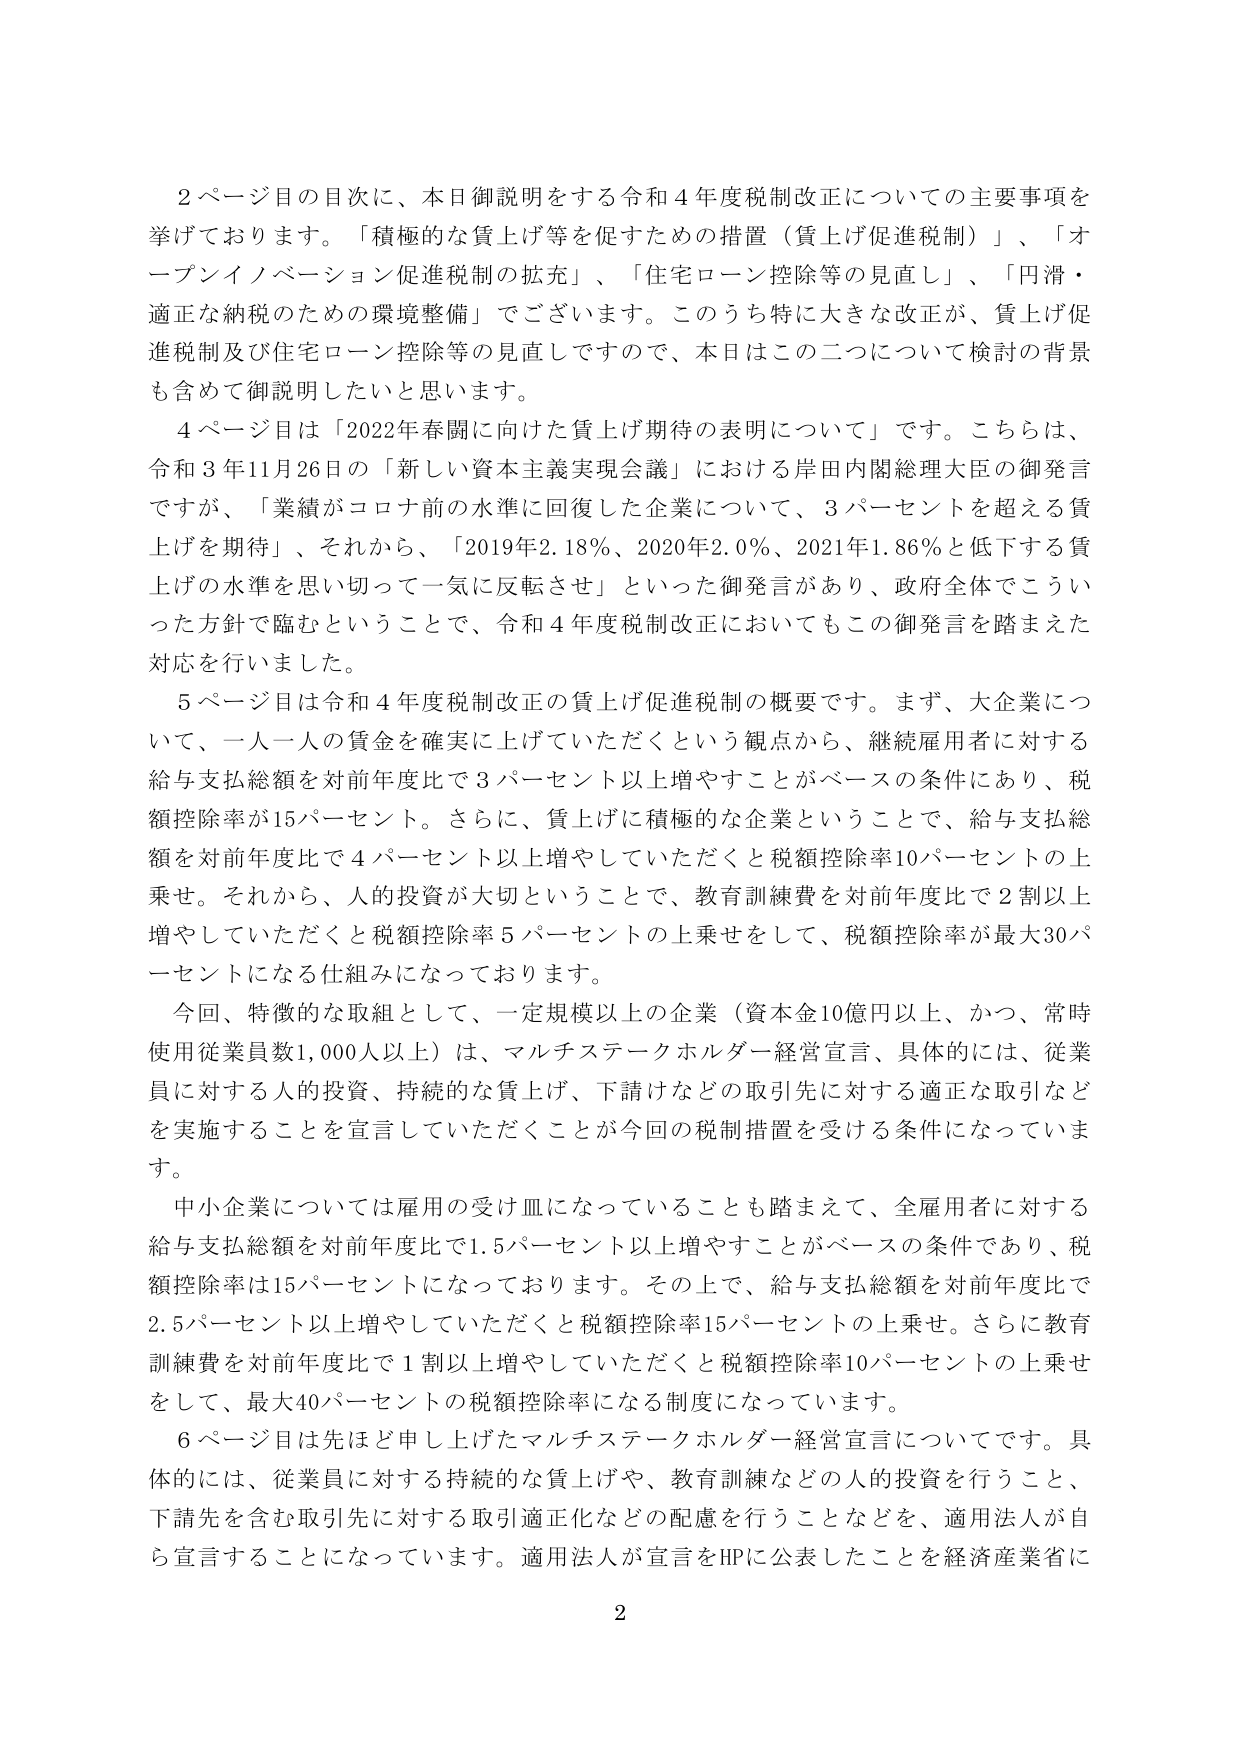
2ページ目の目次に、本日御説明をする令和4年度税制改正についての主要事項を挙げております。「積極的な賃上げ等を促すための措置（賃上げ促進税制）」、「オープンイノベーション促進税制の拡充」、「住宅ローン控除等の見直し」、「円滑・適正な納税のための環境整備」でございます。このうち特に大きな改正が、賃上げ促進税制及び住宅ローン控除等の見直しですので、本日はこの二つについて検討の背景も含めて御説明したいと思います。

4ページ目は「2022年春闘に向けた賃上げ期待の表明について」です。こちらは、令和3年11月26日の「新しい資本主義実現会議」における岸田内閣総理大臣の御発言ですが、「業績がコロナ前の水準に回復した企業について、3パーセントを超える賃上げを期待」、それから、「2019年2.18％、2020年2.0％、2021年1.86％と低下する賃上げの水準を思い切って一気に反転させ」といった御発言があり、政府全体でこういった方針で臨むということで、令和4年度税制改正においてもこの御発言を踏まえた対応を行いました。

5ページ目は令和4年度税制改正の賃上げ促進税制の概要です。まず、大企業について、一人一人の賃金を確実に上げていただくという観点から、継続雇用者に対する給与支払総額を対前年度比で3パーセント以上増やすことがベースの条件にあり、税額控除率が15パーセント。さらに、賃上げに積極的な企業ということで、給与支払総額を対前年度比で4パーセント以上増やしていただくと税額控除率10パーセントの上乗せ。それから、人的投資が大切ということで、教育訓練費を対前年度比で2割以上増やしていただくと税額控除率5パーセントの上乗せをして、税額控除率が最大30パーセントになる仕組みになっております。

今回、特徴的な取組として、一定規模以上の企業（資本金10億円以上、かつ、常時使用従業員数1,000人以上）は、マルチステークホルダー経営宣言、具体的には、従業員に対する人的投資、持続的な賃上げ、下請けなどの取引先に対する適正な取引などを実施することを宣言していただくことが今回の税制措置を受ける条件になっております。

中小企業については雇用の受け皿になっていることも踏まえて、全雇用者に対する給与支払総額を対前年度比で1.5パーセント以上増やすことがベースの条件であり、税額控除率は15パーセントになっております。その上で、給与支払総額を対前年度比で2.5パーセント以上増やしていただくと税額控除率15パーセントの上乗せ。さらに教育訓練費を対前年度比で1割以上増やしていただくと税額控除率10パーセントの上乗せをして、最大40パーセントの税額控除率になる制度になっています。

6ページ目は先ほど申し上げたマルチステークホルダー経営宣言についてです。具体的には、従業員に対する持続的な賃上げや、教育訓練などの人的投資を行うこと、下請先を含む取引先に対する取引適正化などの配慮を行うことなどを、適用法人が自ら宣言することになっています。適用法人が宣言をHPに公表したことを経済産業省に

2